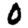
Digit: 0